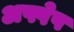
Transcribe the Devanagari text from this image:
अफ्पेप